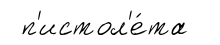
п'истол'е́та